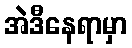
အဲဒီနေရာမှာ